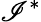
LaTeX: \mathscr{I}^{*}